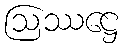
ဩဿဋ္ဌေ